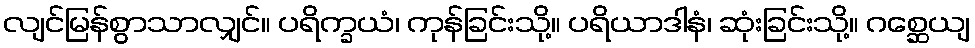
လျင်မြန်စွာသာလျှင်။ ပရိက္ခယံ၊ ကုန်ခြင်းသို့။ ပရိယာဒါနံ၊ ဆုံးခြင်းသို့။ ဂစ္ဆေယျ